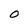
Character: O